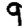
Digit: 9